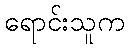
ရောင်းသူက